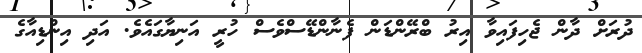
ދުރަށް ދާން ޖެހިފައިވާ އިރު ބްރޭންޑަން ފެނާންޑޭސްވެސް ހުރީ އަނިޔާގައެވެ. އަދި އިންޑިއާގެ